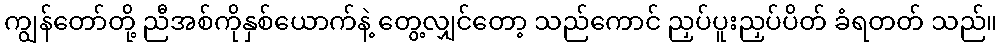
ကျွန်တော်တို့ ညီအစ်ကိုနှစ်ယောက်နဲ့ တွေ့လျှင်တော့ သည်ကောင် ညှပ်ပူးညှပ်ပိတ် ခံရတတ် သည်။